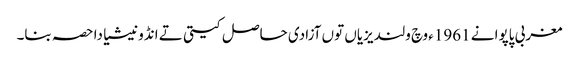
مغربی پاپوا نے 1961ء وچ ولندیزیاں توں آزادی حاصل کیتی تے انڈونیشیا دا حصہ بنا۔